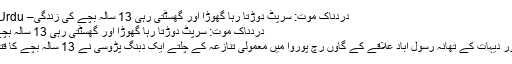
دردناک موت: سرپٹ دوڑتا رہا گھوڑا اور گھسٹتی رہی 13 سالہ بچے کی زندگی– News18 Urdu
دردناک موت: سرپٹ دوڑتا رہا گھوڑا اور گھسٹتی رہی 13 سالہ بچے کی زندگی
کانپور : کانپور دیہات کے تھانہ رسول آباد علاقے کے گاؤں رچ پوروا میں معمولی تنازعہ کے چلتے ایک دبنگ پڑوسی نے 13 سالہ بچے کا قتل کر دیا ہے۔